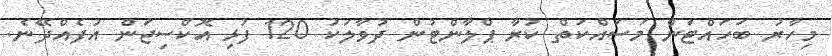
މިހާރު ބަހައްޓަން މަސައްކަތް ކުރާ ޕްލާންޓުން ދުވާލަކު 120 ފުޅި އޮކްސިޖަން އުފެއްދޭނެ.